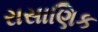
રાસાણિક